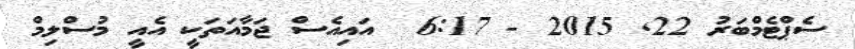
ސެޕްޓެމްބަރު 22